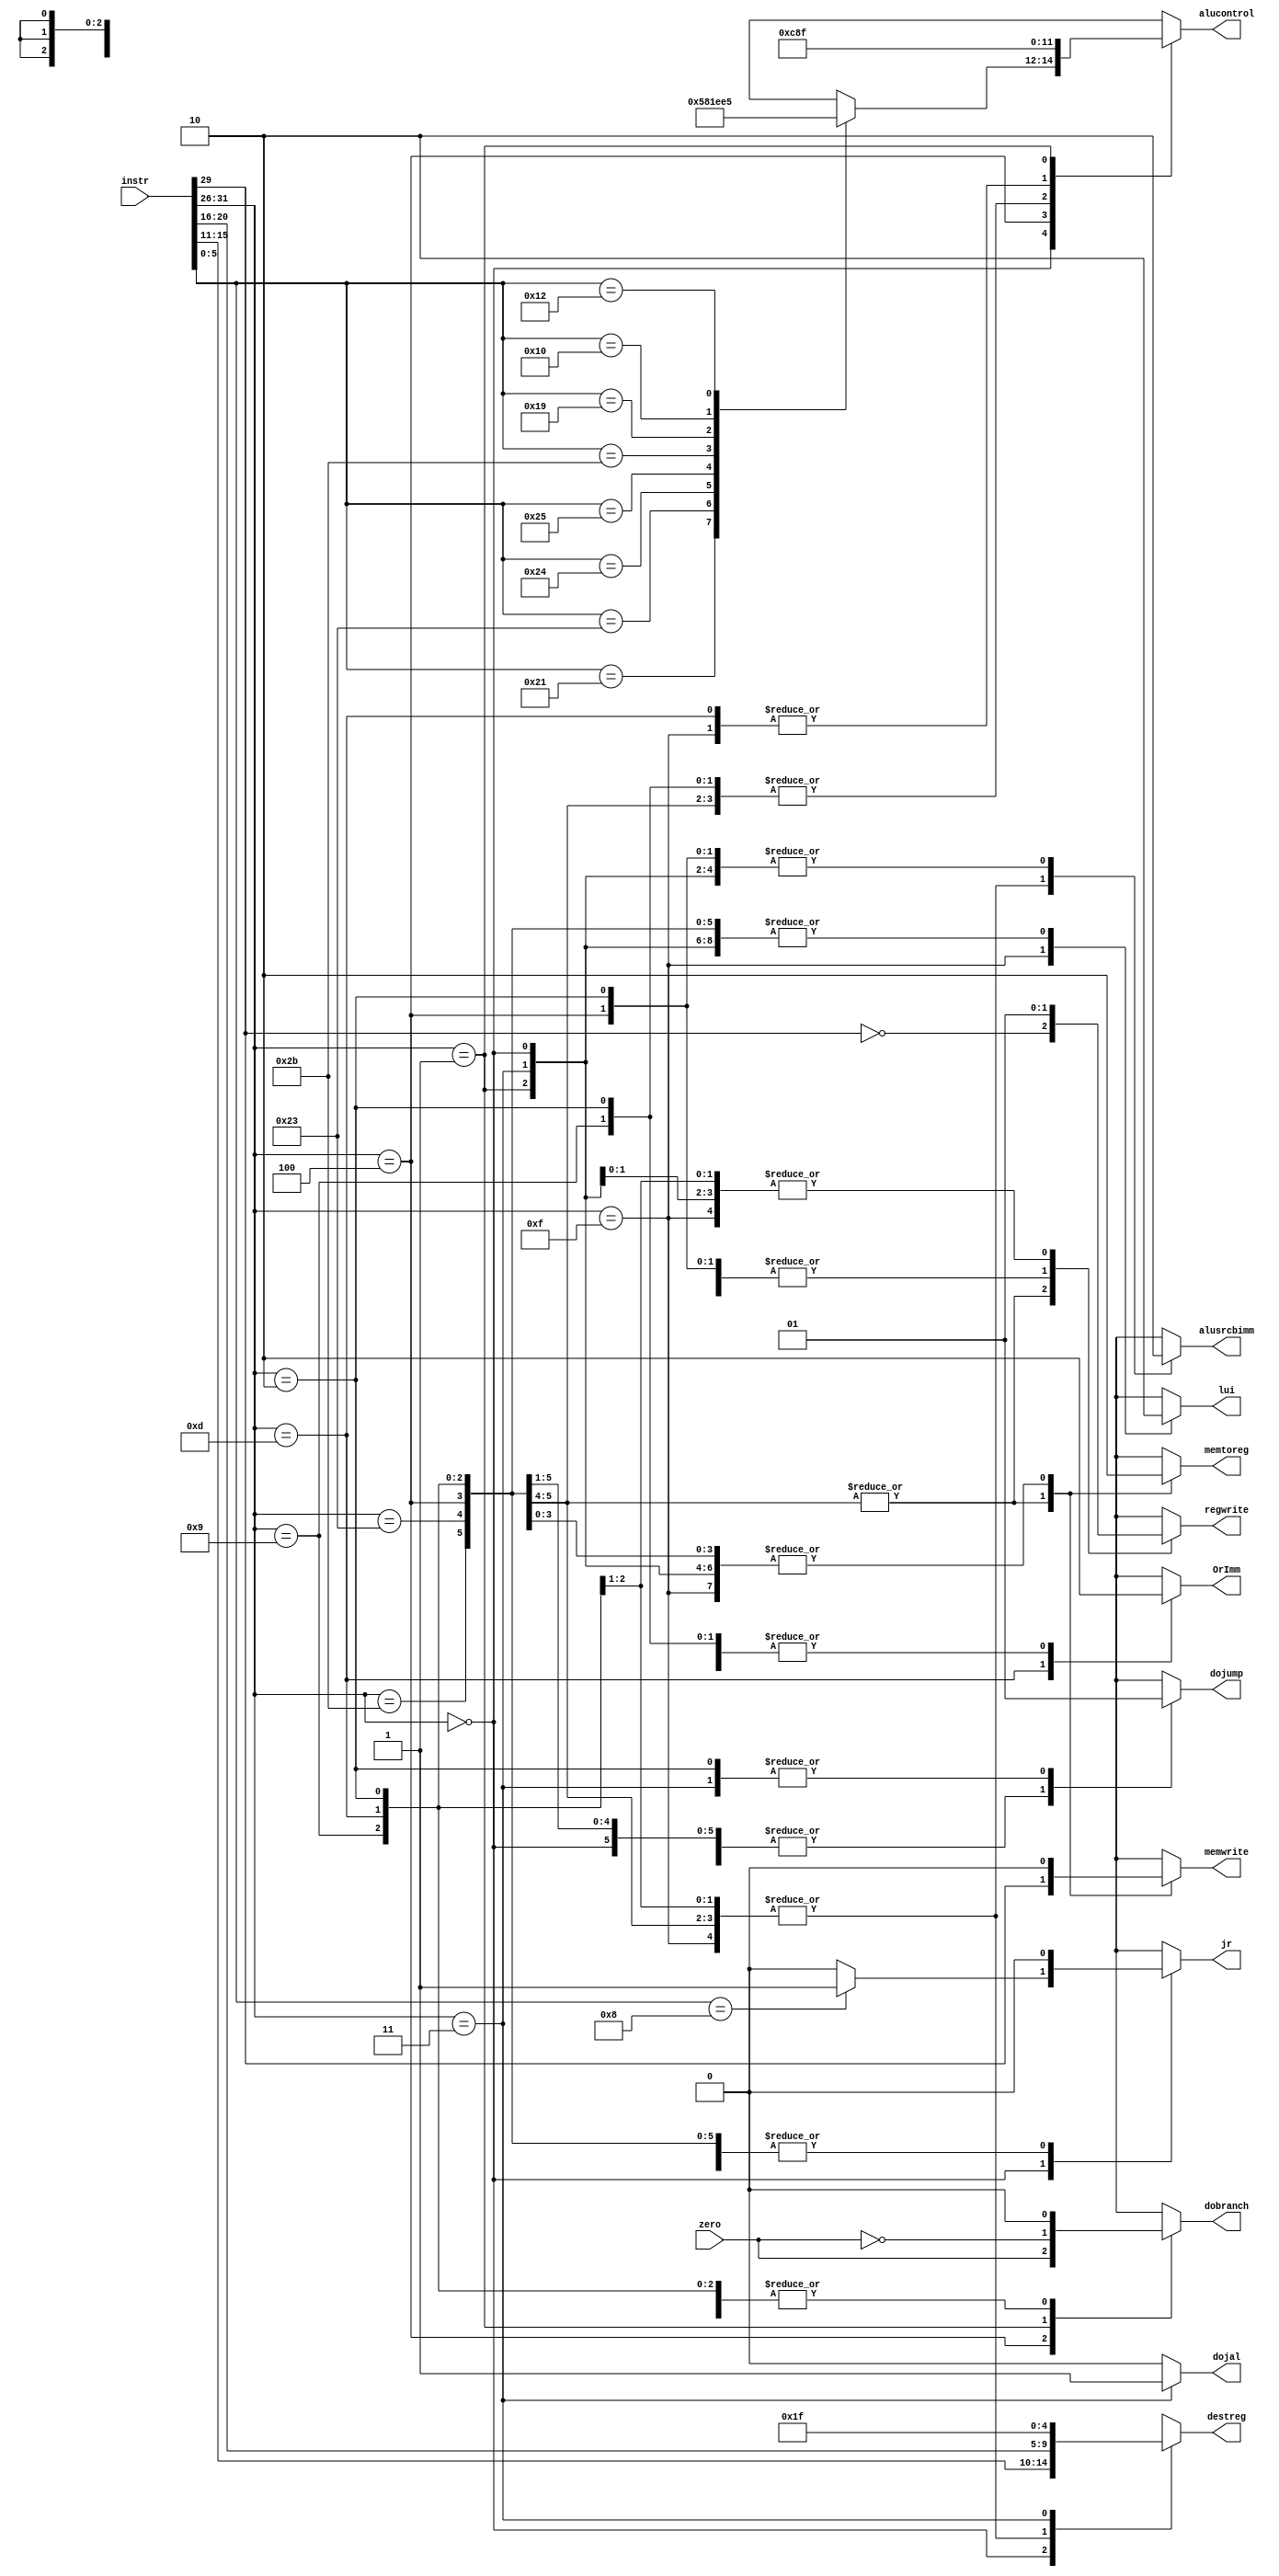
module Decoder(
	input     [31:0] instr,      // Instruktionswort
	input            zero,       // Liefert aktuelle Operation im Datenpfad 0 als Ergebnis?
	output reg       memtoreg,   // Verwende ein geladenes Wort anstatt des ALU-Ergebis als Resultat
	output reg       memwrite,   // Schreibe in den Datenspeicher
	output reg       dobranch,   // Fhre einen relativen Sprung aus
	output reg       alusrcbimm, // Verwende den immediate-Wert als zweiten Operanden
	output reg [4:0] destreg,    // Nummer des (mglicherweise) zu schreibenden Zielregisters
	output reg       regwrite,   // Schreibe ein Zielregister
	output reg       dojump,     // Fhre einen absoluten Sprung aus
	output reg [2:0] alucontrol,
	output reg OrImm,  // ALU-Kontroll-Bits
	output reg lui,
	output reg dojal,
	output reg jr
);
	// Extrahiere primren und sekundren Operationcode
	wire [5:0] op = instr[31:26];
	wire [5:0] funct = instr[5:0];

	always @*
	begin
		case (op)
			6'b000000: // Rtype Instruktion
				begin
				  dojal = 0;
					regwrite = 1;
					destreg = instr[15:11];
					alusrcbimm = 0;
					dobranch = 0;
					memwrite = 0;
					memtoreg = 0;
					dojump = 0;
					OrImm = 0;
					lui = 0;
					jr=0;
					case (funct)
//					  6'b001000: alucontrol = 3'
						6'b100001: alucontrol = 3'b010;   //  Addition unsigned
						6'b100011: alucontrol = 3'b110;	 //  Subtraktion unsigned
						6'b100100: alucontrol = 3'b000;	 //  and
						6'b100101: alucontrol = 3'b001;	 //  or
						6'b101011: alucontrol = 3'b111; 	 //  set-less-than unsigned
						6'b011001: alucontrol = 3'b011;   //  Multiply unsigned
						6'b010000: alucontrol = 3'b100;   //  Move from HI
						6'b010010: alucontrol = 3'b101;   //  Move from LO
						6'b001000: begin alucontrol = 3'bxxx; jr=1; end  //  jr
						default:   alucontrol = 3'bxxx;	   //  undefiniert
					endcase
				end
			6'b100011, // Lade Datenwort aus Speicher
			6'b101011: // Speichere Datenwort
				begin
				  dojal = 0;
					regwrite = ~op[3];
					destreg = instr[20:16];
					alusrcbimm = 1;
					dobranch = 0;
					memwrite = op[3];
					memtoreg = 1;
					dojump = 0;
					lui = 0;
					OrImm = 0;
					jr=0;
					alucontrol = 3'b010; // TODO // Addition effektive Adresse: Basisregister + Offset
				end
			6'b000100: // Branch Equal
				begin
					dojal = 0;
					regwrite = 0;
					destreg = 5'bx;
					alusrcbimm = 0;
					dobranch = zero; // Gleichheitstest
					memwrite = 0;
					memtoreg = 0;
					dojump = 0;
					lui = 0;
					jr=0;
					OrImm = 0;
					alucontrol = 3'b110;// TODO // Subtraktion
				end
			6'b001001:     // Addition immediate unsigned
				begin
				  dojal = 0;
					regwrite = 1;
					destreg = instr[20:16];
					alusrcbimm = 1;
					dobranch = 0;
					memwrite = 0;
					memtoreg = 0;
					dojump = 0;
					lui = 0;
					jr=0;
					OrImm = 0;
					alucontrol = 3'b010;    // TODO // Addition
				end

				6'b001101:     // Ori immediate unsigned
					begin
						dojal = 0;
						regwrite = 1;
						destreg = instr[20:16];
						alusrcbimm = 1;
						dobranch = 0;
						memwrite = 0;
						lui = 0;
						memtoreg = 0;
						jr=0;
						dojump = 0;
						OrImm = 1;
						alucontrol = 3'b001;    // TODO // Addition
					end
			6'b000010: // Jump immediate
				begin
				  dojal = 0;
					regwrite = 0;
					destreg = 5'bx;
					alusrcbimm = 0;
					dobranch = 0;
					memwrite = 0;
					lui = 0;
					jr=0;
					memtoreg = 0;
					dojump = 1;
					OrImm = 0;
					alucontrol = 3'b010; // TODO

				end
			6'b001111: // Load upper immediate
			 	begin
				dojal = 0;
				regwrite = 1 ;
				destreg = instr[20:16] ;
				dobranch = 0 ;
				dojump = 0 ;
				lui = 1;
				alusrcbimm = 1;
				jr=0;
				memtoreg = 0;
				OrImm = 0;
				memwrite = 0;
				alucontrol = 3'b001;
				end
		  6'b001101: // Bitwise or immediate
				begin
				dojal = 0;
				regwrite = 1;
				destreg = instr[20:16] ;
				dobranch = 0 ;
				dojump = 0;
				alusrcbimm = 1 ;
				jr=0;
				memtoreg = 0 ;
				OrImm = 0;
				lui = 0;
				memwrite = 1 ;
				alucontrol = 3'b001;
				end
			6'b000001: // Branch on less than or equal to zero and link
				begin
				dojal = 0;
				regwrite = 0;
				destreg = 5'bx;
				dobranch = ~zero;
				lui = 0;
				dojump = 0;
				jr=0;
				alucontrol = 3'b111; // a = First operand, b = 0: 1 if a < 0, 0 else
				alusrcbimm = 0;
				memwrite = 0;
				OrImm = 0;
				memtoreg = 0;
				end
			6'b000011:  // Jump and link
				begin
				dojal = 1;
				regwrite = 1;
				destreg = 5'b11111;
				dobranch = 0;
				lui = 0;
				jr=0;
				dojump = 1;
				alucontrol = 3'bx;
				alusrcbimm = 0;
				memwrite = 0;
				OrImm = 0;
				memtoreg = 0;
				end

			default: // Default Fall
				begin
				dojal = 0;
				jr=1'bx;
				regwrite = 1'bx;
				destreg = 5'bx;
				alusrcbimm = 1'bx;
				dobranch = 1'bx;
				memwrite = 1'bx;
				memtoreg = 1'bx;
				dojump = 1'bx;
				OrImm = 1'bx;
						lui = 1'bx	;
				alucontrol = 3'bx; // TODO
				end
		endcase
	end
endmodule